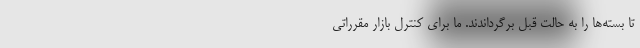
تا بسته‌ها را به حالت قبل برگرداندند. ما برای کنترل بازار مقرراتی